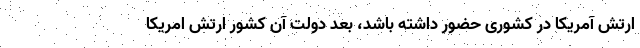
ارتش آمریکا در کشوری حضور داشته باشد، بعد دولت آن کشور ارتش امریکا